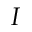
I